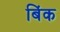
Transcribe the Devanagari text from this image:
बिंक